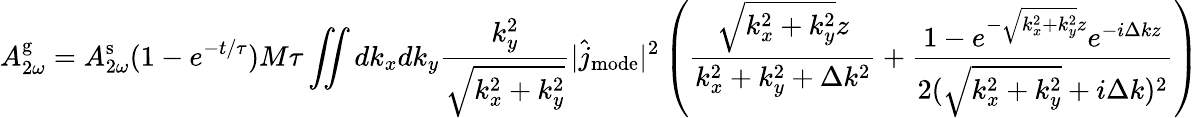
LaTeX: A_{2\omega}^{\mathrm{g}}=A_{2\omega}^{\mathrm{s}}(1-e^{-t/\tau})M\tau\iint dk_{x}dk_{y}\frac{k_{y}^{2}}{\sqrt{k_{x}^{2}+k_{y}^{2}}}|\hat{j}_{\mathrm{mode}}|^{2}\left(\frac{\sqrt{k_{x}^{2}+k_{y}^{2}}z}{k_{x}^{2}+k_{y}^{2}+\Delta k^{2}}+\frac{1-e^{-\sqrt{k_{x}^{2}+k_{y}^{2}}z}e^{-i\Delta kz}}{2(\sqrt{k_{x}^{2}+k_{y}^{2}}+i\Delta k)^{2}}\right)